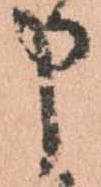
申